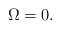
\begin{align*} \Omega=0.\end{align*}